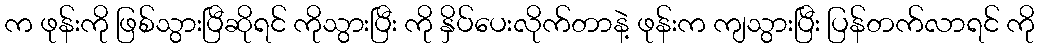
က ဖုန်းကို ဖြစ်သွားပြီဆိုရင် ကိုသွားပြီး ကို နှိပ်ပေးလိုက်တာနဲ့ ဖုန်းက ကျသွားပြီး ပြန်တက်လာရင် ကို